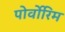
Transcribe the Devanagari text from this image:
पोर्वोरिम